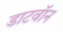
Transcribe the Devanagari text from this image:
डाटवॉन